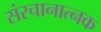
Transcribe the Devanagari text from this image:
संरचानात्नक